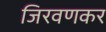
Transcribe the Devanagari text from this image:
जिरवणकर